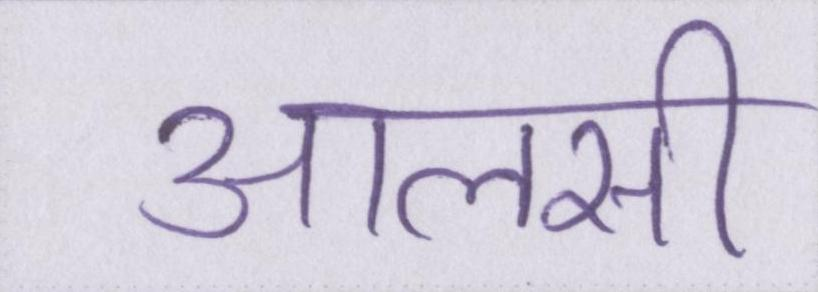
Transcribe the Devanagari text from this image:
आलसी